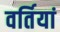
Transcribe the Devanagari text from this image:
वर्तियां